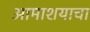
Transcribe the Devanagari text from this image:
आमाशयाचा